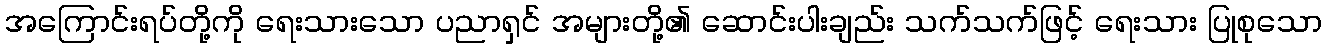
အကြောင်းရပ်တို့ကို ရေးသားသော ပညာရှင် အများတို့၏ ဆောင်းပါးချည်း သက်သက်ဖြင့် ရေးသား ပြုစုသော